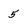
Character: 5